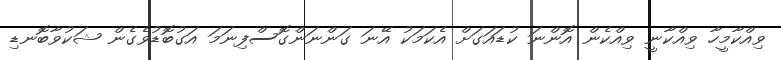
ވިއްކާމީހާ ވިއްކާނީ ވިއްކެން އޮންނަ ކުޑައަގަށް އެކަމަކު އޭނަ ގަންނަންގޮސްފިނަމަ އަގުބޮޑުވެގެން ޝަކުވާބޮނޑި